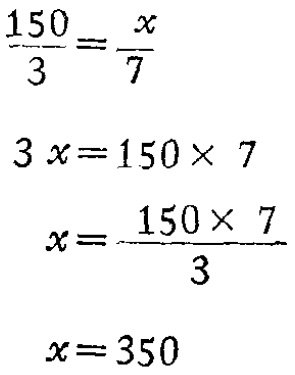
\[\begin{align*}
\frac{150}{3}&=\frac{x}{7}\\
3x&=150\times 7\\
x&=\frac{150\times 7}{3}\\
x&=350
\end{align*}\]